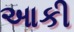
આકી